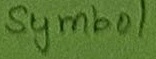
Text: Symbol